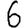
Digit: 6